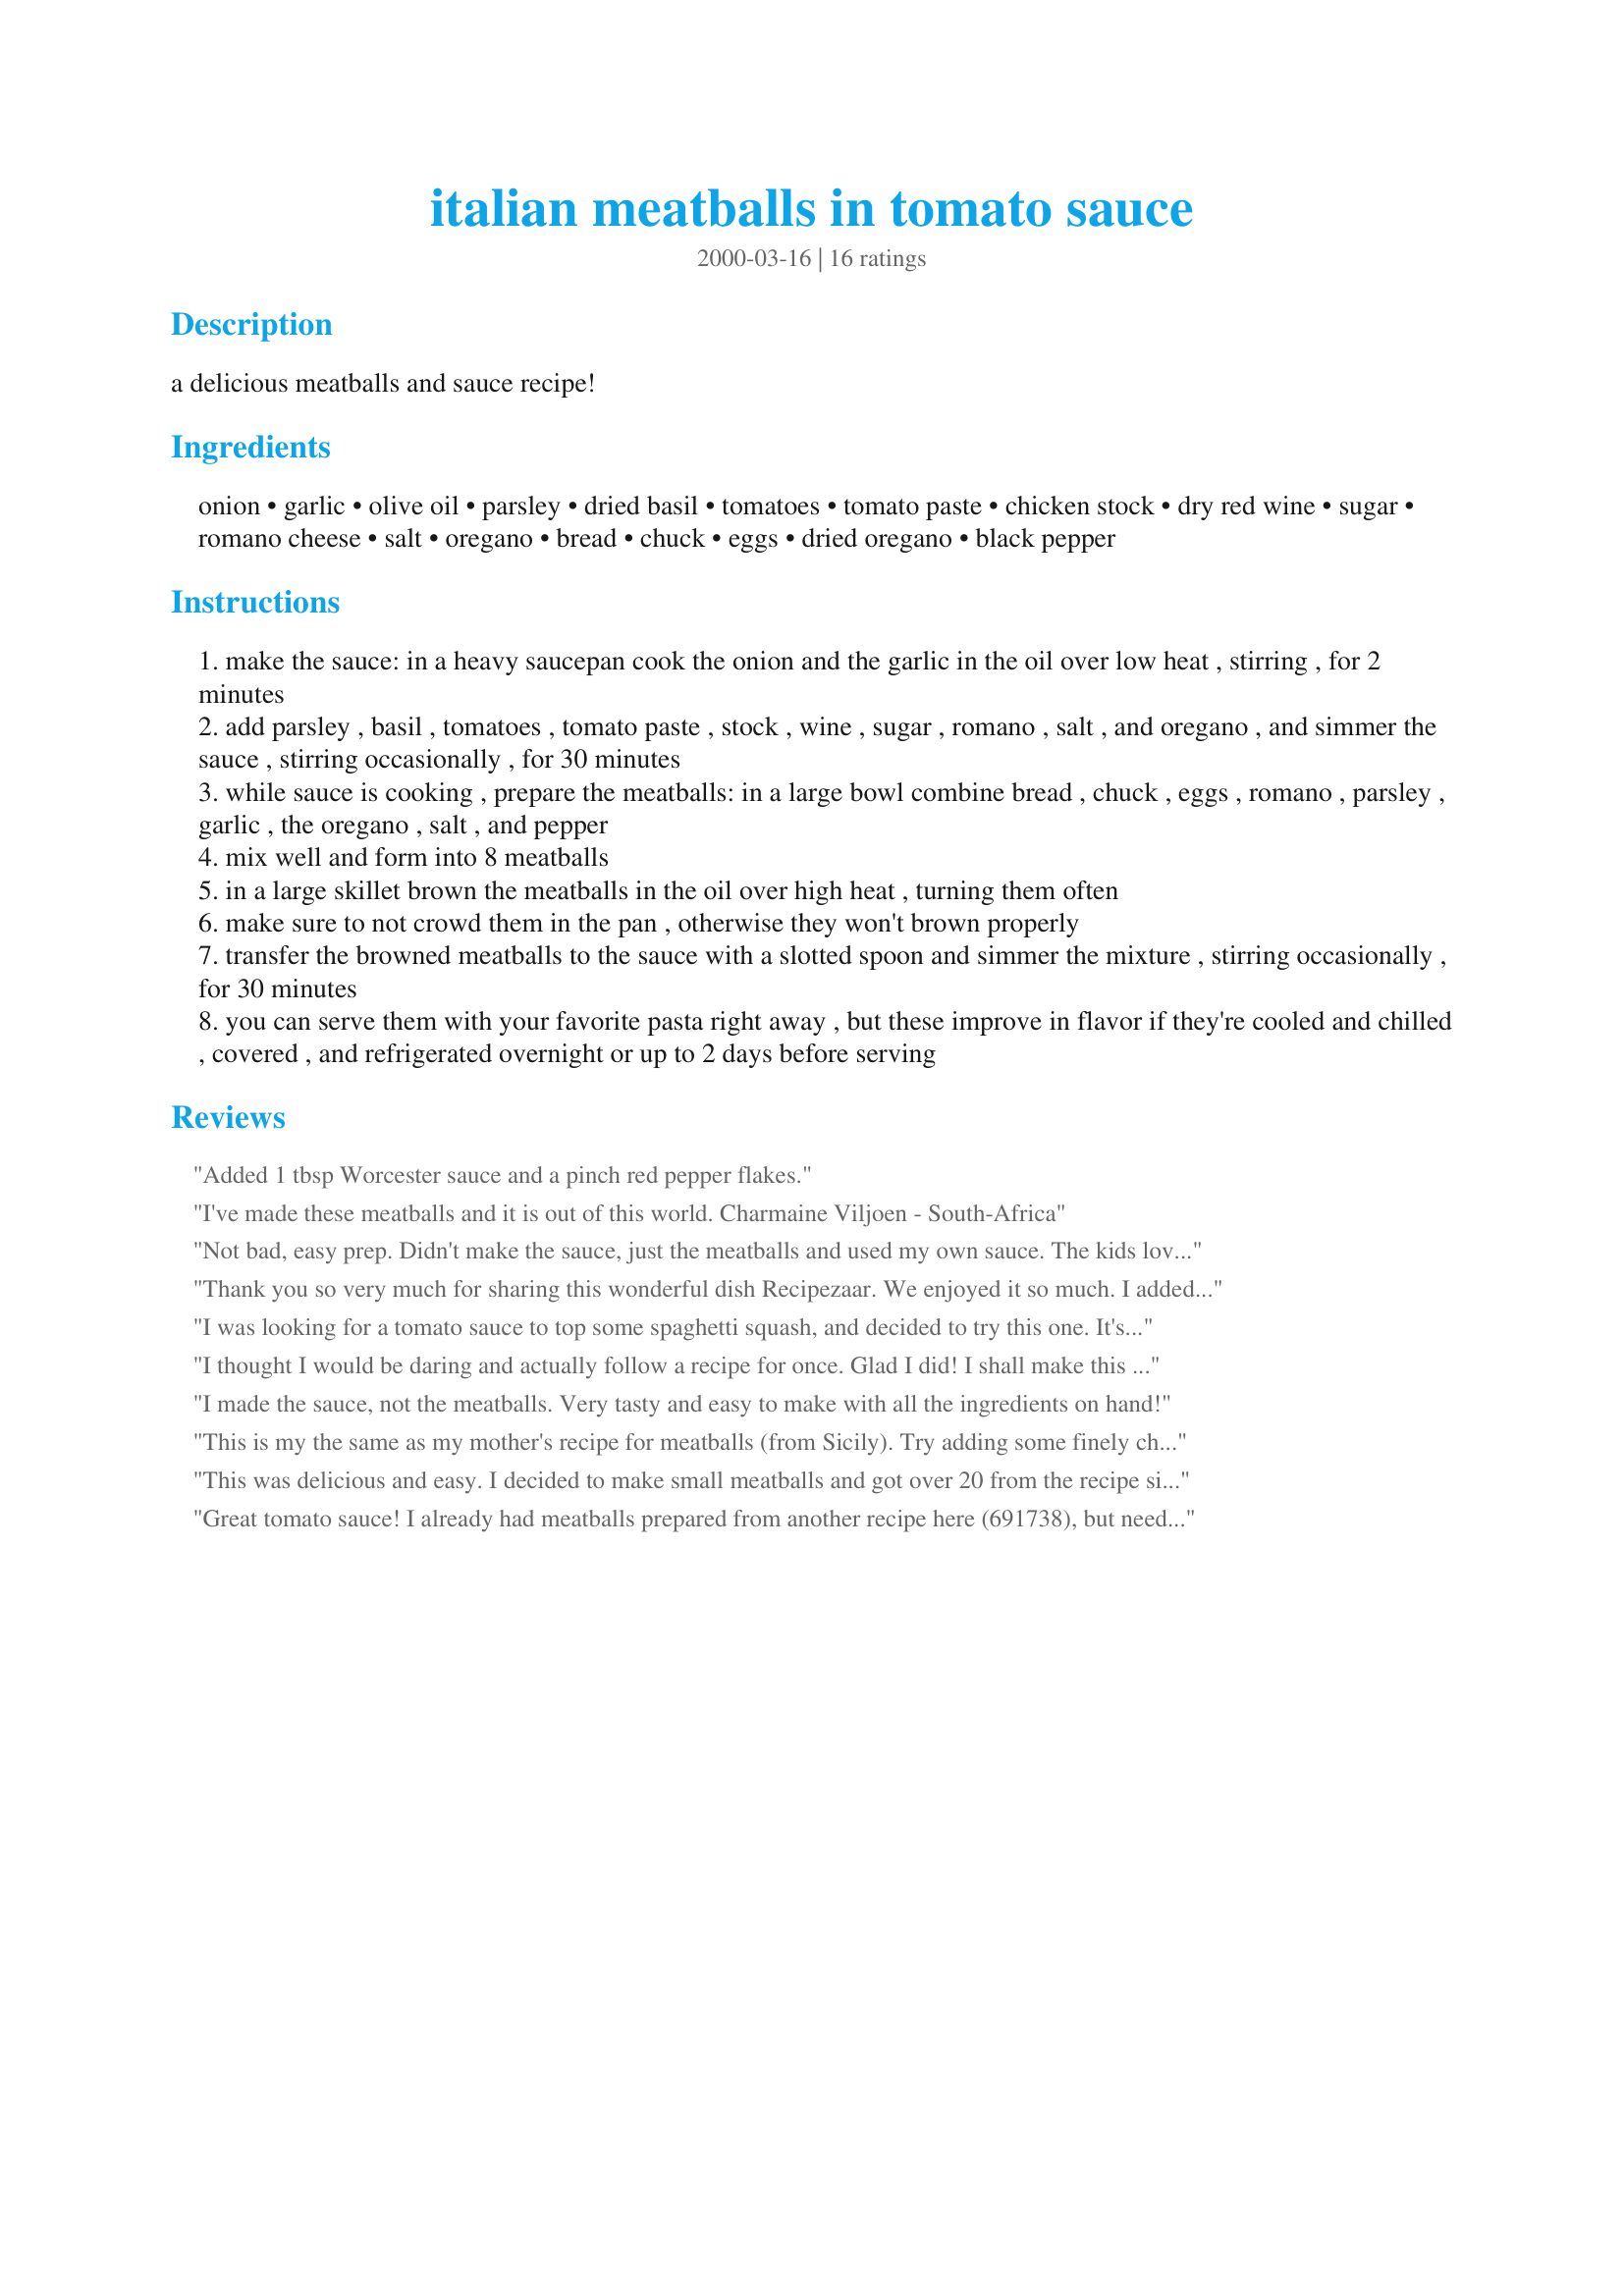
italian meatballs in tomato sauce
Preparation time: 0 minutes

a delicious meatballs and sauce recipe!

Ingredients:
onion, garlic, olive oil, parsley, dried basil, tomatoes, tomato paste, chicken stock, dry red wine, sugar, romano cheese, salt, oregano, bread, chuck, eggs, dried oregano, black pepper

Steps:
make the sauce: in a heavy saucepan cook the onion and the garlic in the oil over low heat , stirring , for 2 minutes
add parsley , basil , tomatoes , tomato paste , stock , wine , sugar , romano , salt , and oregano , and simmer the sauce , stirring occasionally , for 30 minutes
while sauce is cooking , prepare the meatballs: in a large bowl combine bread , chuck , eggs , romano , parsley , garlic , the oregano , salt , and pepper
mix well and form into 8 meatballs
in a large skillet brown the meatballs in the oil over high heat , turning them often
make sure to not crowd them in the pan , otherwise they won't brown properly
transfer the browned meatballs to the sauce with a slotted spoon and simmer the mixture , stirring occasionally , for 30 minutes
you can serve them with your favorite pasta right away , but these improve in flavor if they're cooled and chilled , covered , and refrigerated overnight or up to 2 days before serving

Reviews:
Added 1 tbsp Worcester sauce and a pinch red pepper flakes.
I've made these meatballs and it is out of this world.
Charmaine Viljoen - South-Africa
Not bad, easy prep. Didn't make the sauce, just the meatballs and used my own sauce. The kids loved it more than I did, which is a good thing! :)
Thank you so very much for sharing this wonderful dish Recipezaar. We enjoyed it so much. I added 1/2 cup of sliced sweet vadillia onion, celery, mushrooms and green peppers as my family likes vegetables in their sauce. The sauce base and meatballs are absolutely wonderful...The meatballs are so tasty and tender and big...I will certainly be making this quick, easy to prepare dish again and again.
I was looking for a tomato sauce to top some spaghetti squash, and decided to try this one. It's SO good. Got rave reviews. Thank you!!
I thought I would be daring and actually follow a recipe for once. Glad I did! I shall make this again. :o)
I made the sauce, not the meatballs. Very tasty and easy to make with all the ingredients on hand!
This is my the same as my mother's recipe for meatballs (from Sicily). Try adding some finely chopped onions to the meatballs.
This was delicious and easy. I decided to make small meatballs and got over 20 from the recipe since my family likes them small.
Great tomato sauce! I already had meatballs prepared from another recipe here (691738), but needed a similarly sensational sauce to go with them and this was it! I followed the recipe exactly as written, except for the addition of extra garlic; the red wine really gave it a wonderful earthiness and I promise never again to use that icky store bought tomato sauce!
Yummm!!!! It's funny because I have tried the highest rated meatballs with the most ratings, and they didn't even compare to these! These are wonderful and full of flavor! I only made the meatballs and this is what I did differently. I added about 2 tablesoons of italian bread crumbs, as the meat mixture was too runny with just the two slices of bread. (I used potato bread) I also added a tablespoon of minced dried onions and a half tablespoon of minced dried garlic instead of the fresh garlic. I also used 2 tablespoons of dried prarlsey instead of fresh. And for the cheese I had to use a mix of parm and romano as that is all I had on hand. I also prefer to bake the meatballs at 450 for 10 minutes instead of frying. Then I added them to the sauce to simmer for an hour or so to finish cooking. Next time I am going to try the sauce as well :)
What a wonderful sauce! I followed the recipe exactly for once and it was really delicious and so easy to make! I used the sauce with #69173 Parmesan Meatballs and it was a really yummy dinner, thanks for a great tomato sauce I will use again and again!
I was looking for a sauce for some meatballs I had made and frozen previously. This sauce was delicious!!! It is now my go-to tomato sauce...so good! Thank you!
Since I used my own marinara sauce,I did not need to make the tomato sauce in this recipe. But I am giving the meatball recipe 5 STARS!! I have been searching for a really good meatball recipe, and these meatballs were great! I thought they were easy to make. I followed the recipe exactly and they turned out delicious. My family really liked these meatballs too. I will definately make them again. Thanks Recipezaar!
Great sauce, I used 4 cloves garlic, fresh basil and followed your recipe. I had meatballs in the freezer but will try these next time. They sound very good. I like the romano cheese in the sauce. Thanks for a lovely dinner Julesong
This is one awesome recipe. I've made this several times for my friends and family and they all enjoyed it immensely. It is on the top of my list for Italian sauces.

Paul
San Francisco, CA
